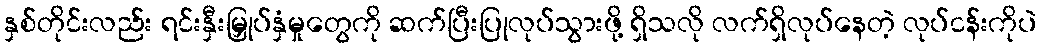
နှစ်တိုင်းလည်း ရင်းနှီးမြှုပ်နှံမှုတွေကို ဆက်ပြီးပြုလုပ်သွားဖို့ ရှိသလို လက်ရှိလုပ်နေတဲ့ လုပ်ငန်းကိုပဲ